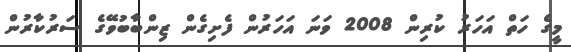
މީގެ ހަތް އަހަރު ކުރިން 2008 ވަނަ އަހަރުން ފެށިގެން ޒިންބާބުވޭގެ ސަރުކާރުން